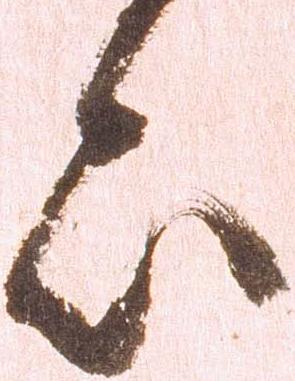
亦